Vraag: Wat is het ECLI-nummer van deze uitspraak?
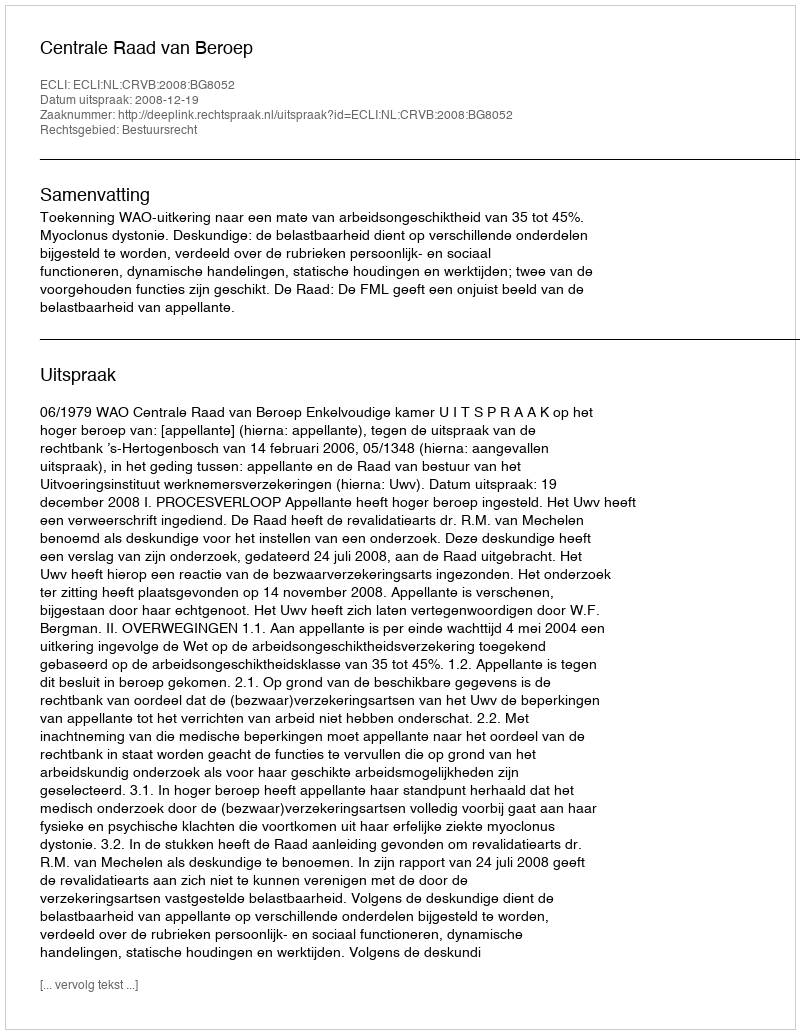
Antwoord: ECLI:NL:CRVB:2008:BG8052